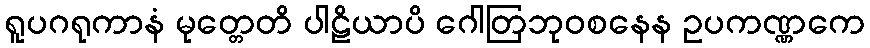
ရူပဂရုကာနံ မုတ္တေတိ ပါဠိယာပိ ဂေါတြဘုဝစနေန ဥပကဏ္ဏကေ